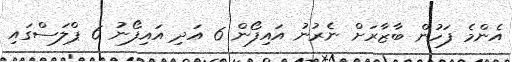
އެންމެ ފަހުން ބާޒާރަށް ނެރުނު އައިފޯން 6 އަދި އައިފޯނު 6 ޕްލަސްގައި